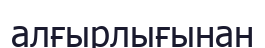
алғырлығынан